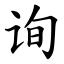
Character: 询